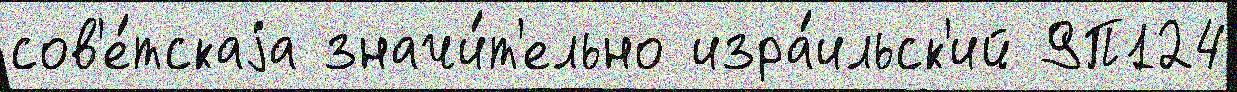
сов'е́тскаjа значи́т'ельно изра́ильск'ий 9П124